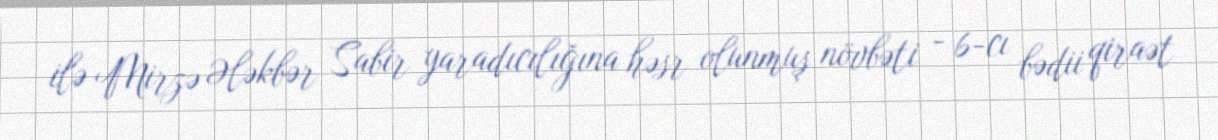
ilə Mirzə Ələkbər Sabir yaradıcılığına həsr olunmuş növbəti - 6-cı bədii qiraət